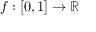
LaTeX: f : [ 0 , 1 ] \to \mathbb { R }